Indian Civil Veterinary Department memoirs
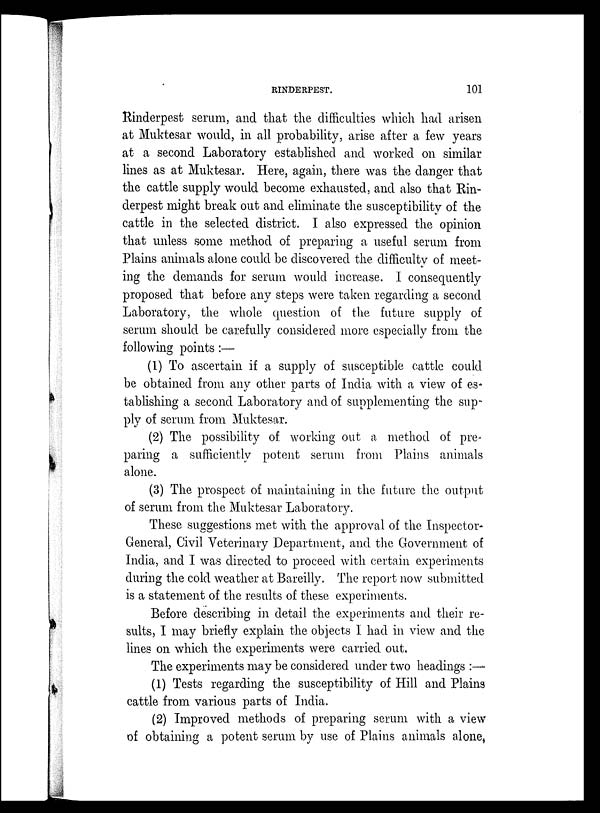
RINDERPEST.
101
Rinderpest serum, and that the difficulties which had arisen
at Muktesar would, in all probability, arise after a few years
at a second Laboratory established and worked on similar
lines as at Muktesar. Here, again, there was the danger that
the cattle supply would become exhausted, and also that Rin-
derpest might break out and eliminate the susceptibility of the
cattle in the selected district. I also expressed the opinion
that unless some method of preparing a useful serum from
Plains animals alone could be discovered the difficulty of meet-
ing the demands for serum would increase. I consequently
proposed that before any steps were taken regarding a second
Laboratory, the whole question of the future supply of
serum should be carefully considered more especially from the
following points:—
(1) To ascertain if a supply of susceptible cattle could
be obtained from any other parts of India with a view of es-
tablishing a second Laboratory and of supplementing the sup-
ply of serum from Muktesar.
(2) The possibility of working out a method of pre-
paring a sufficiently potent serum from Plains animals
alone.
(3) The prospect of maintaining in the future the output
of serum from the Muktesar Laboratory.
These suggestions met with the approval of the Inspector-
General, Civil Veterinary Department, and the Government of
India, and I was directed to proceed with certain experiments
during the cold weather at Bareilly. The report now submitted
is a statement of the results of these experiments.
Before describing in detail the experiments and their re-
sults, I may briefly explain the objects I had in view and the
lines on which the experiments were carried out.
The experiments may be considered under two headings : —
(1) Tests regarding the susceptibility of Hill and Plains
cattle from various parts of India.
(2) Improved methods of preparing serum with a view
of obtaining a potent serum by use of Plains animals alone,